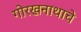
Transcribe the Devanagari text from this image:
गोरखनाथाचे